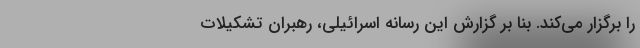
را برگزار می‌کند. بنا بر گزارش این رسانه اسرائیلی، رهبران تشکیلات